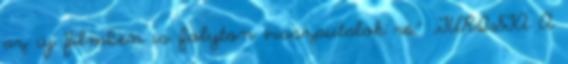
az új filmben is folyton visszautalok rá.” „TURISTA A